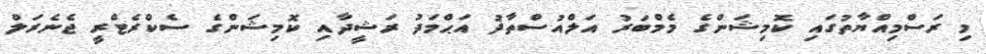
މި ރަސްމިއްޔާތުގައި ކޮމިޝަންގެ މެމްބަރު އަލްއުސްތާޛު އަޙްމަދު ރަޝީދާއި ކޮމިޝަންގެ ސެކްރެޓްރީ ޖެނެރަލް